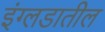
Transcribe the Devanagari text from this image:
इंग्लडातील